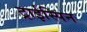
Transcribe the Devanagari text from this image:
ट्राईस्पिन